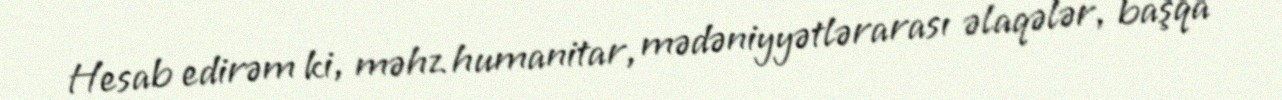
Hesab edirəm ki, məhz humanitar, mədəniyyətlərarası əlaqələr, başqa